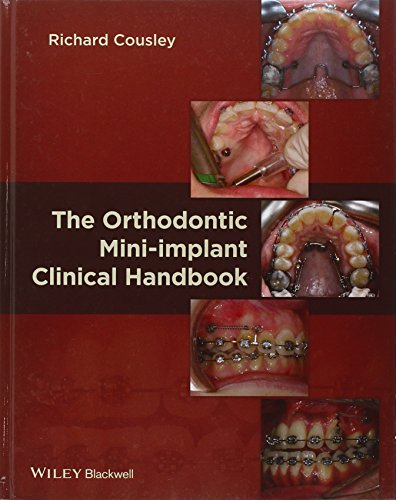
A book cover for The Orthodontic Mini-implant Clinical Handbook; Richard Cousley; Medical Books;